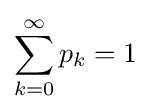
\sum _{k=0}^{\infty }p_{k}=1